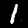
Label: 1